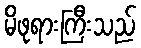
မိဖုရားကြီးသည်